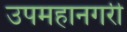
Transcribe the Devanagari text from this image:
उपमहानगरी